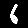
Digit: 6